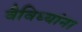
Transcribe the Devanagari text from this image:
वैविध्यांना